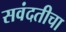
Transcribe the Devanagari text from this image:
सवंदतीचा